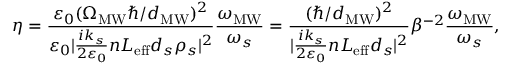
\eta = \frac { \varepsilon _ { 0 } ( \Omega _ { \mathrm { M W } } \hbar / d _ { \mathrm { M W } } ) ^ { 2 } } { \varepsilon _ { 0 } | \frac { i k _ { s } } { 2 \varepsilon _ { 0 } } n L _ { \mathrm { e f f } } d _ { s } \rho _ { s } | ^ { 2 } } \frac { \omega _ { \mathrm { M W } } } { \omega _ { s } } = \frac { ( \hbar / d _ { \mathrm { M W } } ) ^ { 2 } } { | \frac { i k _ { s } } { 2 \varepsilon _ { 0 } } n L _ { \mathrm { e f f } } d _ { s } | ^ { 2 } } \beta ^ { - 2 } \frac { \omega _ { \mathrm { M W } } } { \omega _ { s } } ,